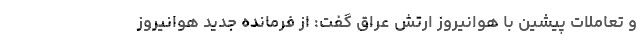
و تعاملات پیشین با هوانیروز ارتش عراق گفت: از فرمانده جدید هوانیروز